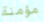
مؤمنة